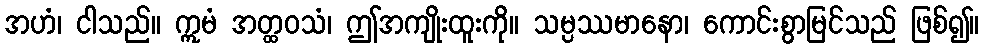
အဟံ၊ ငါသည်။ ဣမံ အတ္ထဝသံ၊ ဤအကျိုးထူးကို။ သမ္ပဿမာနော၊ ကောင်းစွာမြင်သည် ဖြစ်၍။